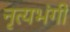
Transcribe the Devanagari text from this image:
नृत्यभंगी